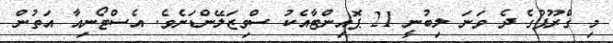
މި ގްރޫޕުގެ ދެ ވަނަ ލިބުނީ 21 ޕޮއިންޓާއެކު ސްވިޒަލޭންޑަށެވެ. އެސްޓޯނިއާ އަތުން